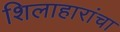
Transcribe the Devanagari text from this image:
शिलाहारांचा